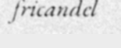
fricandel